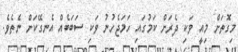
މިގޮތަށް މިއީ ވަކި ދެރަށް ކަމުގައި ހަމަޖެހުނު ވަކި ސަބަބެއް އެނގޭކަށް ނެތެވެ.